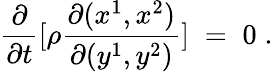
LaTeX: \frac{\partial}{\partial t}[\rho\frac{\partial(x^{1},x^{2})}{\partial(y^{1},y^{2})}]\; =\; 0\; .